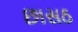
છાસઠ